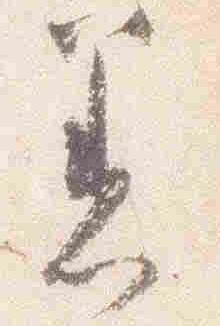
着